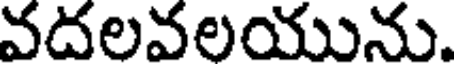
వదలవలయును.